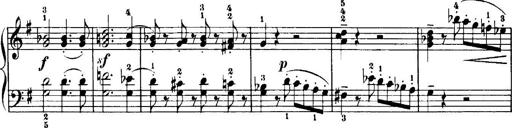
Title: 7 Sonatinas
Composer: Anton Diabelli